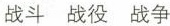
战斗 战役 战争